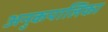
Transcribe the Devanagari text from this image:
अनुकपालिका